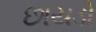
છાયડો